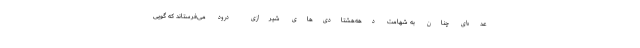
عده‌ای چنان به شهامت دهه‌هشتادی‌های شیرازی درود می‌فرستاند که گویی